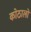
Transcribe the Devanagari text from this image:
कोठालो